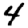
Digit: 4